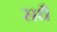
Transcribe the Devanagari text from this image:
सधै